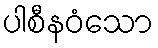
ပါစီနဝံသော